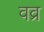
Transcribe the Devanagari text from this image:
वव्र